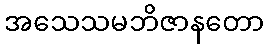
အသေသမဘိဇာနတော